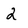
Character: 2